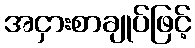
အငှားစာချုပ်ဖြင့်